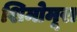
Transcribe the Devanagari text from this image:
शिमोमूरा